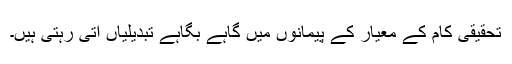
تحقیقی کام کے معیار کے پیمانوں میں گاہے بگاہے تبدیلیاں آتی رہتی ہیں۔